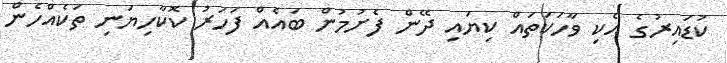
ކުޑައިރުގެ އެކި ވާހަކަތައް ކިޔައި ދޭން ފެށުމުން ބައެއް ފަހަރު ކޮކާހިޔަނި ތަކެއްހެން